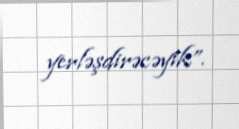
yerləşdirəcəyik”.